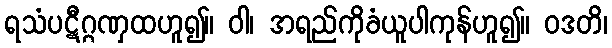
ရသံပဋီဂ္ဂဏှထဟူ၍။ ဝါ၊ အရည်ကိုခံယူပါကုန်ဟူ၍။ ဝဒတိ၊